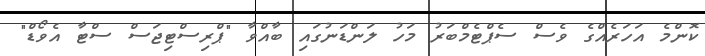
ކޮންމެ އަހަރެއްގެ ވެސް ސެޕްޓެމްބަރު މަހު ލަންޑަނުގައި ބާއްވާ "ޕްރިސްޓިޖަސް ސްޓާ އެވޯޑް"